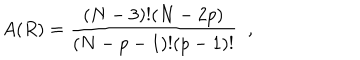
A ( R ) = \frac { ( N - 3 ) ! ( N - 2 p ) } { ( N - p - 1 ) ! ( p - 1 ) ! } \; \; ,